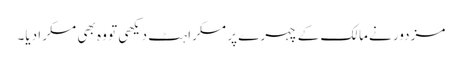
مزدور نے مالک کے چہرے پر مسکراہٹ دیکھی تو وہ بھی مسکرا دیا۔